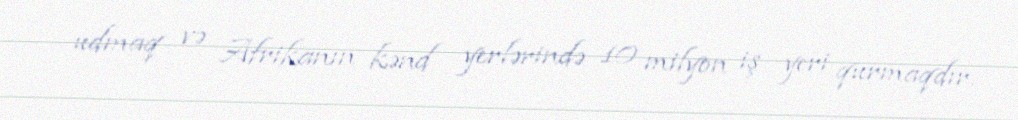
udmaq və Afrikanın kənd yerlərində 10 milyon iş yeri qurmaqdır.